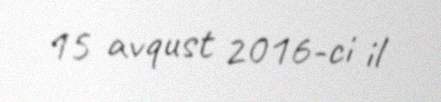
15 avqust 2016-ci il